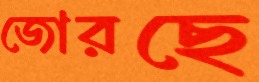
জোরছে